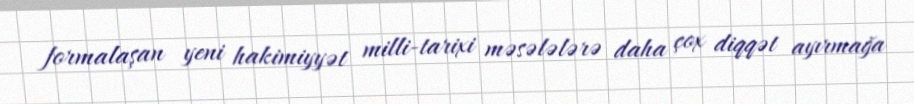
formalaşan yeni hakimiyyət milli-tarixi məsələlərə daha çox diqqət ayırmağa